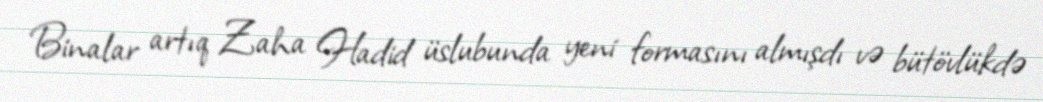
Binalar artıq Zaha Hadid üslubunda yeni formasını almışdı və bütövlükdə